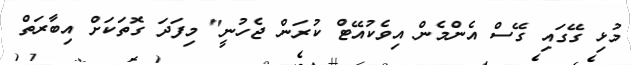
މުޅި ގޭގައި ގޭސް އެންމެން އިވެކުއޭޓް ކުރަން ޖެހުނީ" މިފަދަ ގޮތަކަށް އިބާރަތް